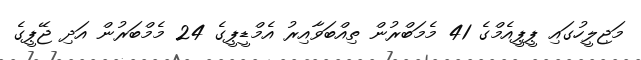
މަޖިލީހުގައި ޕީޕީއެމްގެ 41 މެމަބްރުން ތިއްބަވާއިރު އެމްޑީޕީގެ 24 މެމްބަރުން އަދި ޖޭޕީގެ